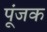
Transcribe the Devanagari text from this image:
पूंजक